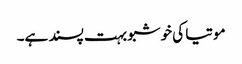
موتیا کی خوشبو بہت پسند ہے۔